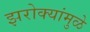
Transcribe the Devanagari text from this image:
झरोक्यांमुळे